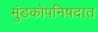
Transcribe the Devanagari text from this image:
मुंडकोपनिषदात